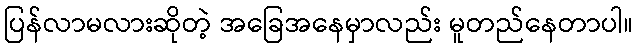
ပြန်လာမလားဆိုတဲ့ အခြေအနေမှာလည်း မူတည်နေတာပါ။